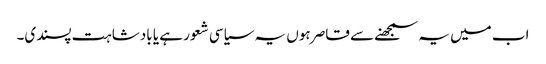
اب میں یہ سمجھنے سے قاصر ہوں یہ سیاسی شعور ہے یا بادشاہت پسندی۔